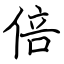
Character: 倍